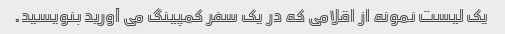
یک لیست نمونه از اقلامی که در یک سفر کمپینگ می آورید بنویسید.